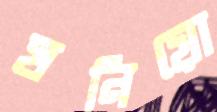
ঘনিয়ো